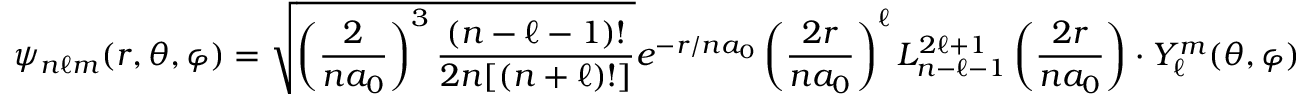
\psi _ { n \ell m } ( r , \theta , \varphi ) = { \sqrt { \left( { \frac { 2 } { n a _ { 0 } } } \right) ^ { 3 } { \frac { ( n - \ell - 1 ) ! } { 2 n [ ( n + \ell ) ! ] } } } } e ^ { - r / n a _ { 0 } } \left( { \frac { 2 r } { n a _ { 0 } } } \right) ^ { \ell } L _ { n - \ell - 1 } ^ { 2 \ell + 1 } \left( { \frac { 2 r } { n a _ { 0 } } } \right) \cdot Y _ { \ell } ^ { m } ( \theta , \varphi )